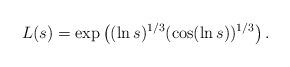
LaTeX: \begin{align*}L(s)=\exp\left((\ln s)^{1/3}(\cos(\ln s))^{1/3}\right).\end{align*}